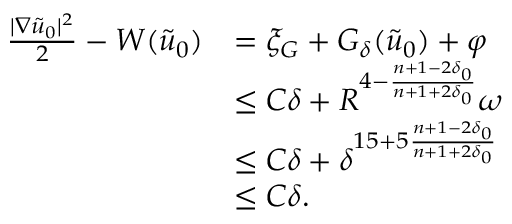
\begin{array} { r l } { \frac { | \nabla \tilde { u } _ { 0 } | ^ { 2 } } { 2 } - W ( \tilde { u } _ { 0 } ) } & { = \xi _ { G } + G _ { \delta } ( \tilde { u } _ { 0 } ) + \varphi } \\ & { \leq C \delta + R ^ { 4 - \frac { n + 1 - 2 \delta _ { 0 } } { n + 1 + 2 \delta _ { 0 } } } \omega } \\ & { \leq C \delta + \delta ^ { 1 5 + 5 \frac { n + 1 - 2 \delta _ { 0 } } { n + 1 + 2 \delta _ { 0 } } } } \\ & { \leq C \delta . } \end{array}